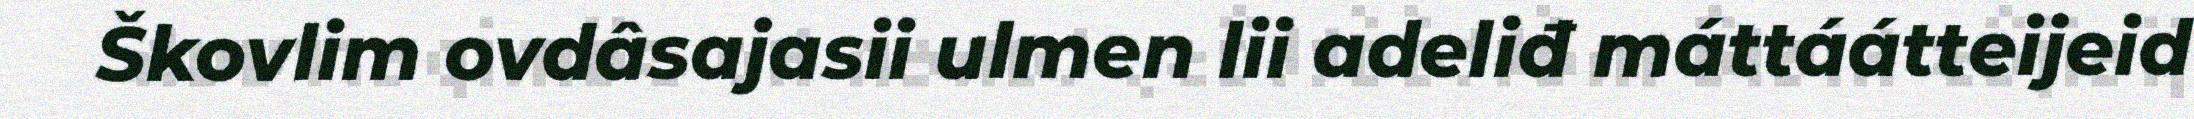
Škovlim ovdâsajasii ulmen lii adeliđ máttáátteijeid